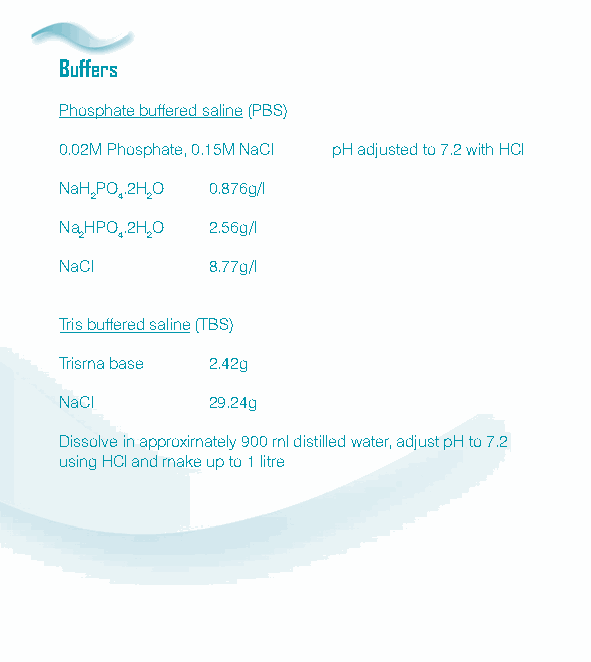
Buffers
 Phosphate buffered saline (PBS)
 0.02M Phosphate, 0.15M NaCl pH adjusted to 7.2 with HCl
 NaHPO.2HO 0.876g/l
 2 4 2
 NaHPO.2HO 2.56g/l
 2  4 2
 NaCl      8.77g/l
 Tris buffered saline (TBS)
 Trisma base 2.42g
 NaCl      29.24g
 Dissolve in approximately 900 ml distilled water, adjust pH to 7.2
 using HCl and make up to 1 litre